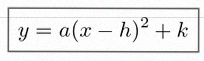
y=a(x-h)^2+k